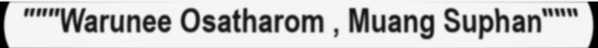
"""Warunee Osatharom , Muang Suphan"""